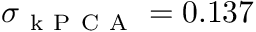
\sigma _ { \mathrm { ~ k ~ P ~ C ~ A ~ } } = 0 . 1 3 7